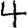
Digit: 4